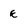
Character: E